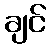
ချင်